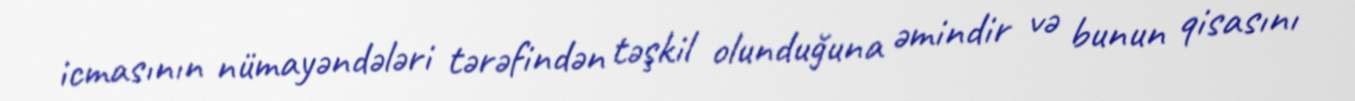
icmasının nümayəndələri tərəfindən təşkil olunduğuna əmindir və bunun qisasını